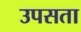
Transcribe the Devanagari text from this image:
उपसता